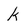
Character: k